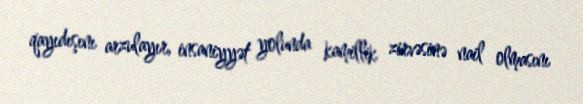
qayıdışını arzulayır, insaniyyət yolunda kamillik zirvəsinə nail olmasını